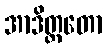
အာဒိတ္တတော